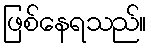
ဖြစ်နေရသည်။